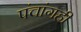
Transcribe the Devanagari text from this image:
पंचांगही